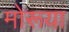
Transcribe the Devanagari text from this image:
मोरूया